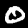
Digit: 0